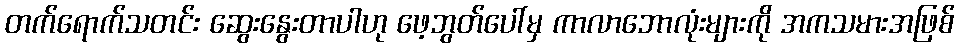
တက်ရောက်သတင်း ဆွေးနွေးတာပါဟု ဖေ့ဘွတ်ပေါ်မှ ကာလာဘောလုံးများကို အကသမားအဖြစ်